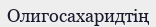
Олигосахаридтің